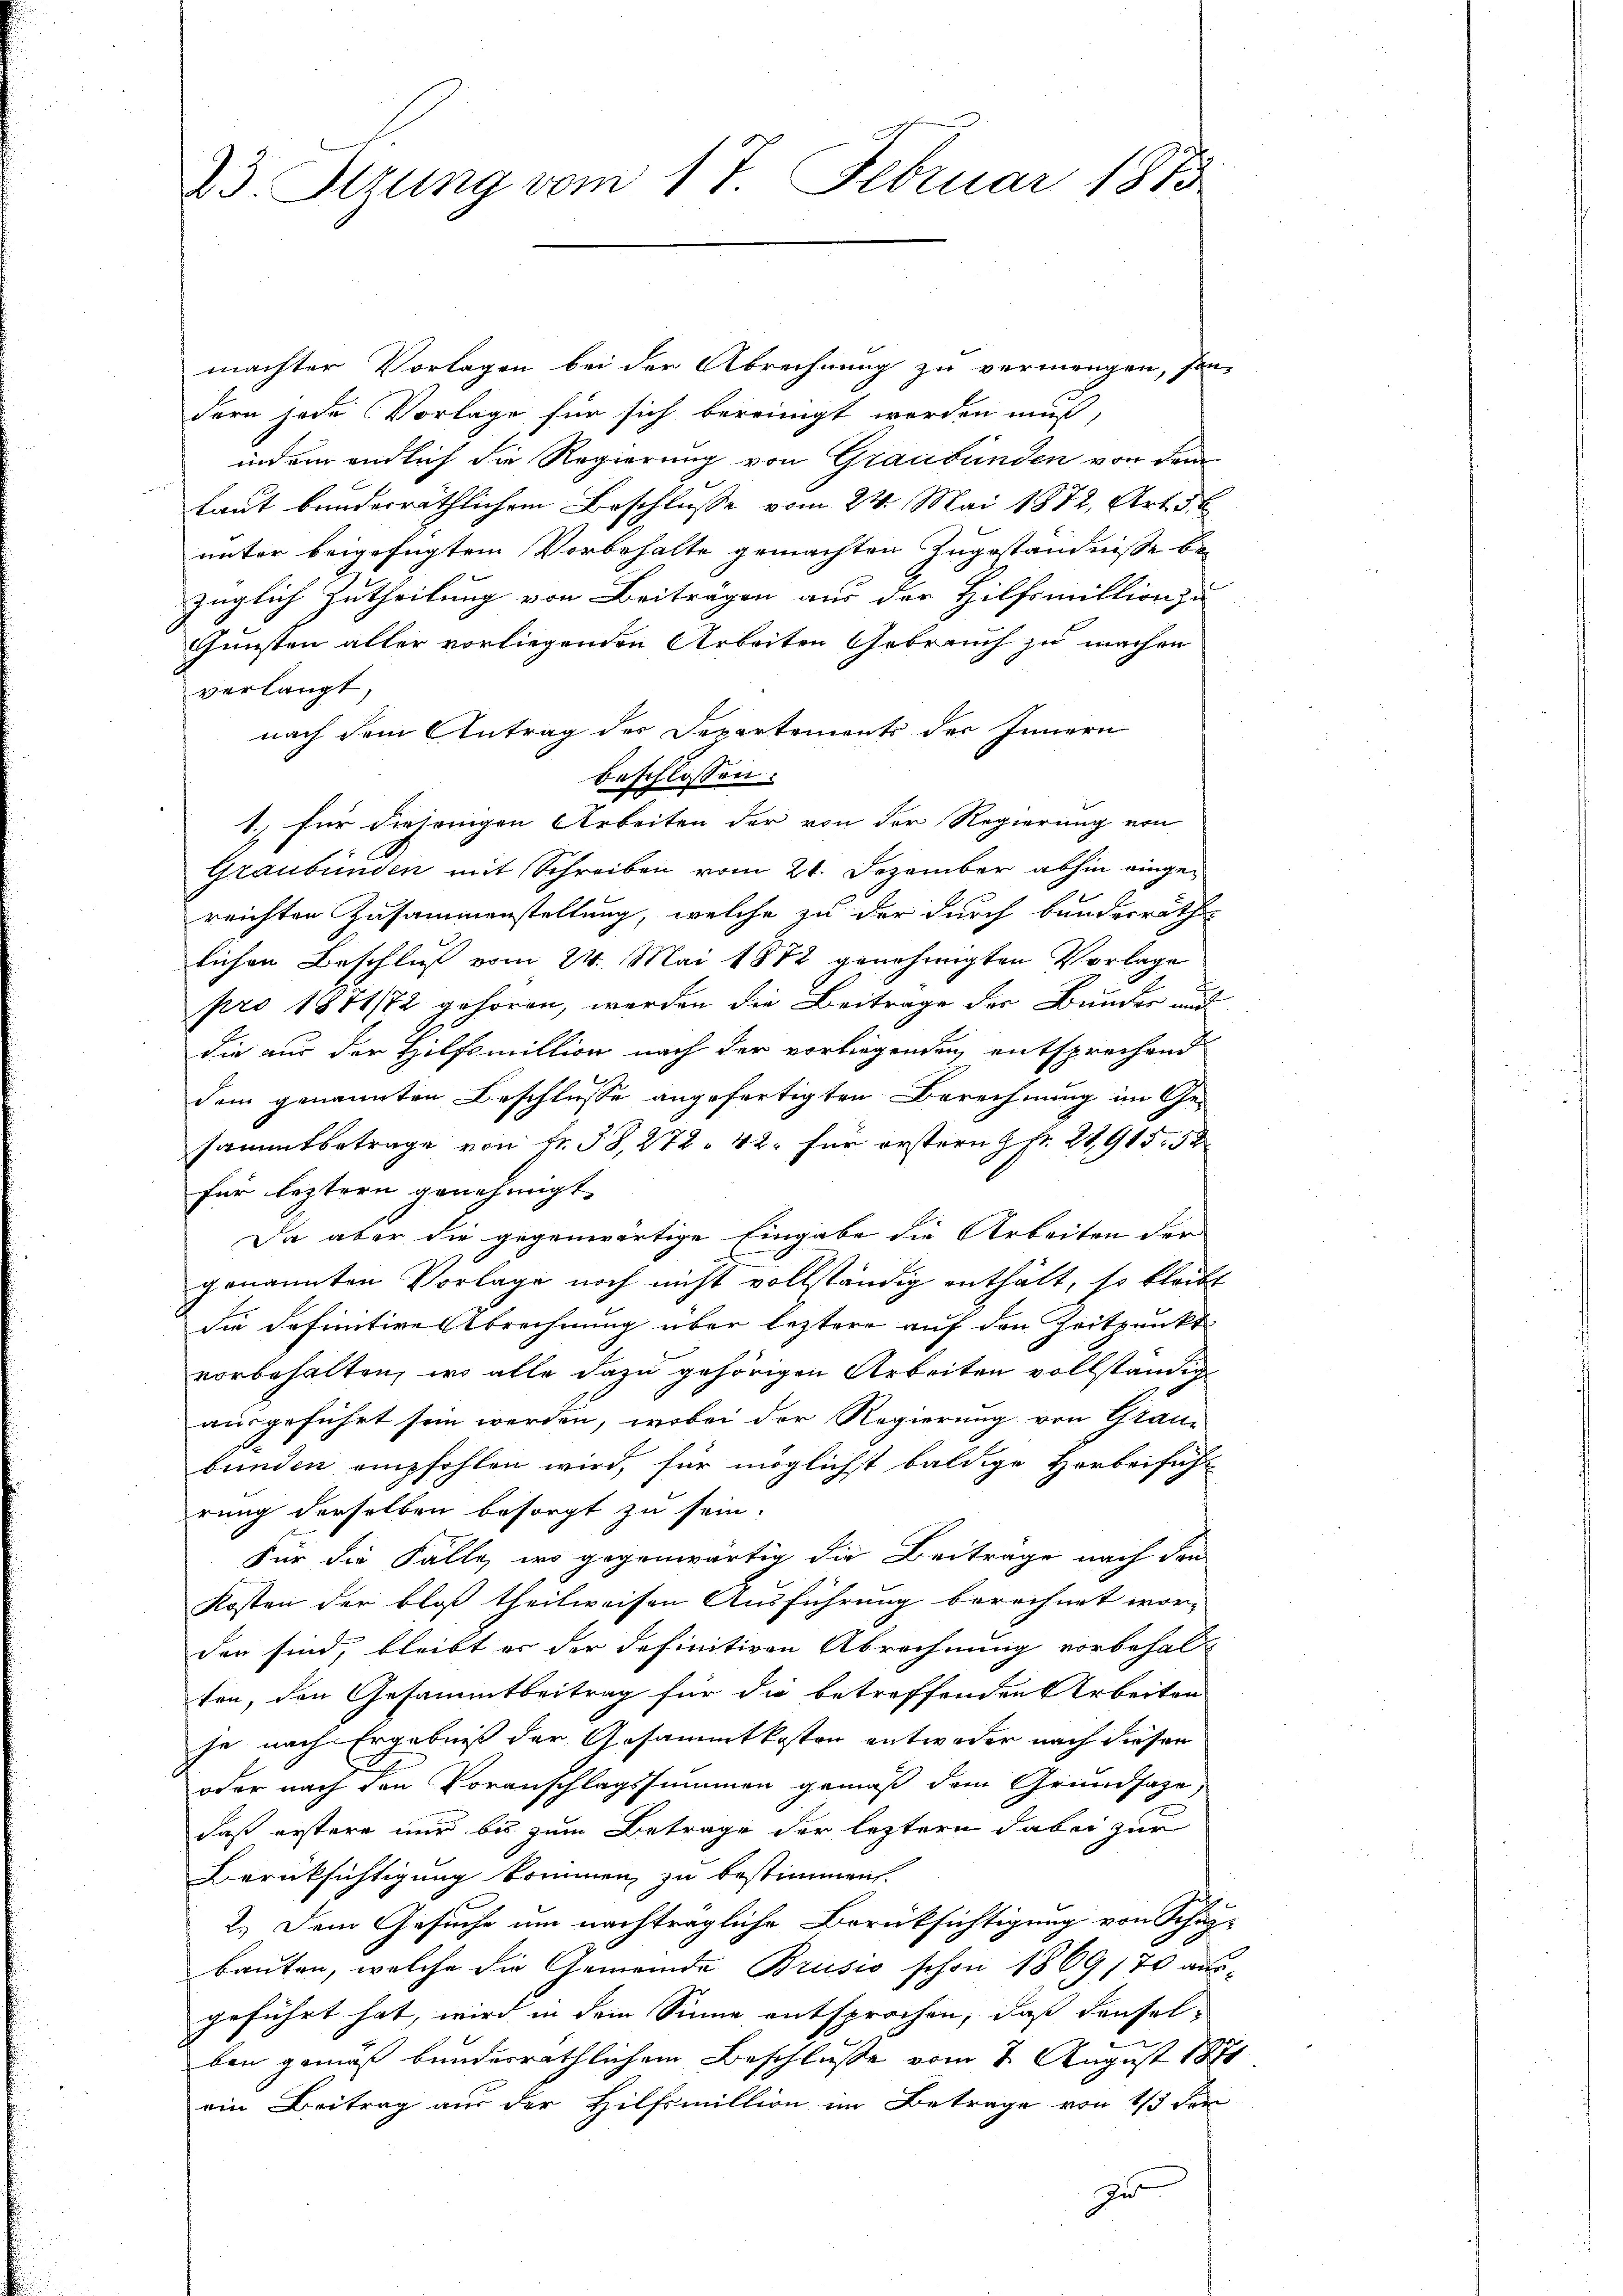
23. Sitzung vom 17. Februar 1873

machter Vorlagen bei der Abrechnung zu vermengen, son-
dern jede Vorlage für sich bereinigt werden muß,
indem endlich die Regierung von Graubünden von dem
laut bunderräthlichem Beschlusse vom 24. Mai 1872, Art. 54
unter beigefügtem Vorbehalte gemachten Zugeständnisse be
züglich Zutheilung von Beiträgen aus der Hilfsmillion zu
Gunsten aller vorliegenden Arbeiten Gebrauch zu machen
verlangt,
nach dem Antrag des Departements des Innern
beschlossen:
1. für diejenigen Arbeiten der von der Regierung von
Graubünden mit Schreiben vom 21. Dezember abhin eingereichten Zusammenstellung, welche zu der durch bundesrathe
lichen Beschluß vom 24. Mai 1882 genehmigten Vorlage
pro 1881/82 gehören, werden die Beitrage der Bunder und
die aus der Hilfsmillion nach der vorliegenden entsprechend
dem genannten Beschlüsse angefertigten Berechnung im Ge-
sammtbetrage von fr. 38, 272. 42. für erstern fr. 21915. 52
für leztern genehmigt.
Da aber die gegenwärtige Eingabe die Arbeiten der
genannten Vorlage noch nicht vollständig enthält, so bleibt
die Definitives Abrechnung über leztere auf den Zeitpunkt
vorbehalten, wo alle dazu gehörigen Arbeiten vollständig
ausgeführt sein werden, wobei der Regierung von Grau-
bunden empfohlen wird, für möglichst baldige Horbeifühl
rung derselben besorgt zu sein.
Für die Fälle, wo gegenwärtig die Beitrage nach den
Kosten der bloß theilweisen Ausführung berechnet wor-
den sind, bleibt es der definitiven Abrechnung vorbehal
ten, den Gesammtbeitrag für die betreffenden Arbeiten
je nach Ergebniß der Gesammtkosten entweder nach diesen
oder nach den Voranschlagssummen gemäß dem Grundsaze
daß erstere nur bis zum Betrage der letztern dabei zur
Berücksichtigung kommen, zu bestimmen.
2.) Dem Gesuche um nachträgliche Berüksichtigung von Schup-
bauten, welche die Gemeinde Brusio schon 1869 170 ausgeführt hat, wird in dem Sinne entsprochen, daß denselben gemäß bunderräthlichem Beschlusse vom 2. August 1871
ein Beitrag aus der Hilfsmillion im Betrage von 1/3 der
Zu